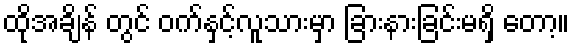
ထိုအချိန် တွင် ဝက်နှင့်လူသားမှာ ခြားနားခြင်းမရှိ တော့။